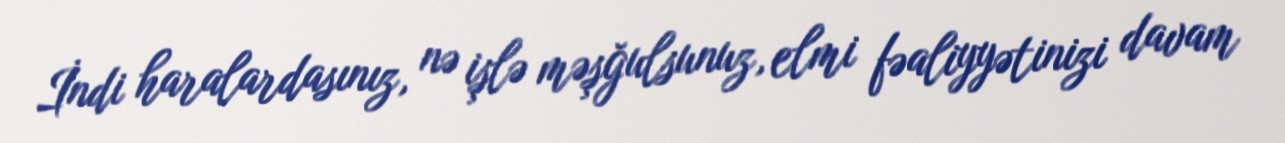
İndi haralardasınız, nə işlə məşğulsunuz, elmi fəaliyyətinizi davam